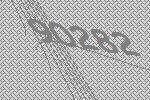
90282